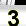
Digit: 3